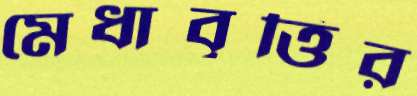
মেধাবৃত্তির